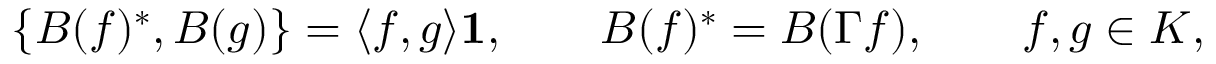
\{ B ( f ) ^ { * } , B ( g ) \} = \langle f , g \rangle { \bf 1 } , \qquad B ( f ) ^ { * } = B ( \Gamma f ) , \qquad f , g \in { \cal K } ,